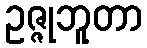
ဥဇ္ဇုဘူတာ